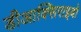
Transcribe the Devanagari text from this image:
डीआक्सिराइबो